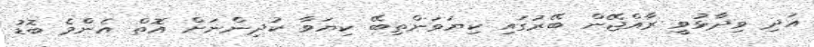
އަދި ވިދާޅުވީ ރާއްޖޭން ބޭރުގައި ކިޔަވަންތިބޭ ކިޔަވާ ކުދިންނަށް އޮތް އެންމެ ބޮޑު